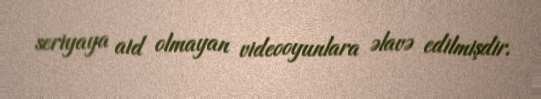
seriyaya aid olmayan videooyunlara əlavə edilmişdir.